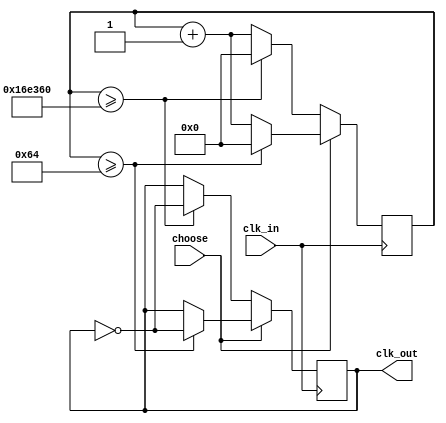
module DIV(clk_in,choose, clk_out);//choose

input clk_in;//system clock, reset button
input choose;
output clk_out;

reg clk_out;
reg [31:0] cnt;//counter

initial
	begin
		clk_out = 0;
		cnt  = 0;
	end

always @(posedge clk_in) begin
			if(choose) begin
				if (cnt>=100)//actually 2500000 times
					begin
						clk_out <= ~clk_out;
						cnt <= 0;
					end
				else
					begin
						cnt <= cnt+1;
					end
			end
			else begin
				if (cnt>=1500000)//actually 2500000 times
					begin
						clk_out <= ~clk_out;
						cnt <= 0;
					end
				else
					begin
						cnt <= cnt+1;
					end
			end
end
endmodule